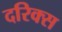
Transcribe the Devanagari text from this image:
दरिक्स